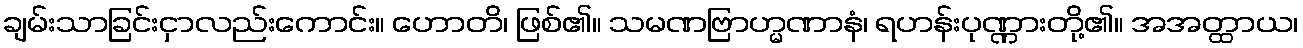
ချမ်းသာခြင်းငှာလည်းကောင်း။ ဟောတိ၊ ဖြစ်၏။ သမဏဗြာဟ္မဏာနံ၊ ရဟန်းပုဏ္ဏားတို့၏။ အအတ္ထာယ၊